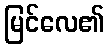
မြင်လေ၏